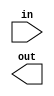
/**
 * 16-way Or: 
 * out = (in[0] or in[1] or ... or in[15])
 */

module Or16Way(input[15:0] in,output out);
    // your code here

endmodule